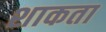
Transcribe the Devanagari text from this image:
शाकता